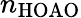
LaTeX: n_{\mathrm{HOAO}}